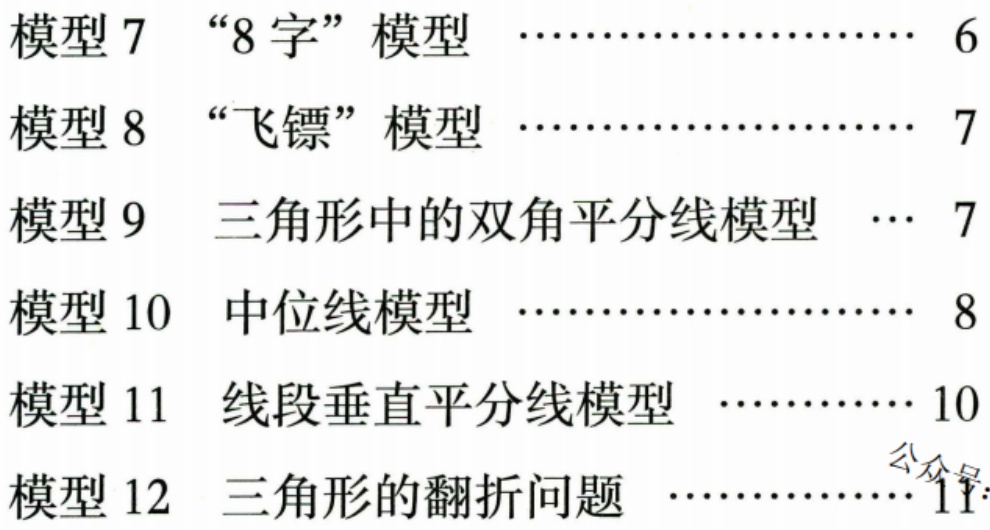
模型 7  “8 字”模型  …………………… 6
模型 8  “飞镖”模型  …………………… 7
模型 9  三角形中的双角平分线模型  … 7
模型 10  中位线模型  …………………… 8
模型 11  线段垂直平分线模型  ………… 10
模型 12  三角形的翻折问题  …………… 11